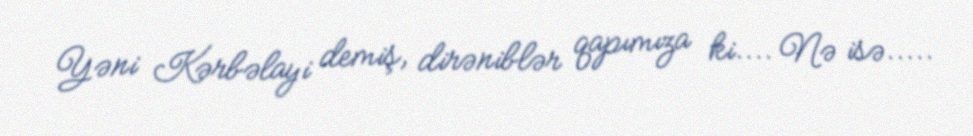
Yəni Kərbəlayi demiş, dirəniblər qapımıza ki.... Nə isə.....